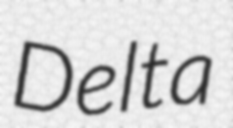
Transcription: Delta